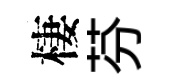
棲芬